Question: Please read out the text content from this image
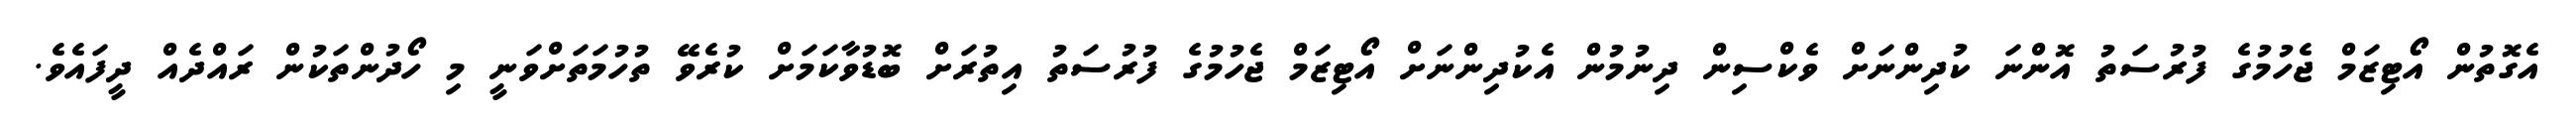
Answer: އެގޮތުން އޯޓިޒަމް ޖެހުމުގެ ފުރުސަތު އޮންނަ ކުދިންނަށް ވެކްސިން ދިނުމުން އެކުދިންނަށް އޯޓިޒަމް ޖެހުމުގެ ފުރުސަތު އިތުރަށް ބޮޑުވާކަމަށް ކުރެވޭ ތުހުމަތަށްވަނީ މި ހޯދުންތަކުން ރައްދެއް ދީފައެވެ.